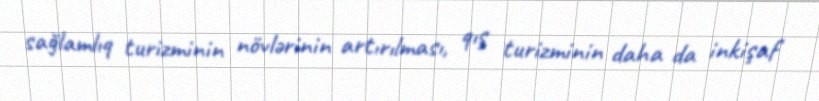
sağlamlıq turizminin növlərinin artırılması, qış turizminin daha da inkişaf